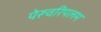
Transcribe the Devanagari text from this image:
पेरूवरिपलम